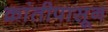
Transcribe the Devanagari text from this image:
क्रांतीपासून